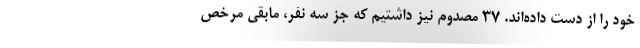
خود را از دست داده‌اند. ۳۷ مصدوم نیز داشتیم که جز سه نفر، مابقی مرخص